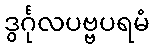
ဒွင်္ဂုလပဗ္ဗပရမံ